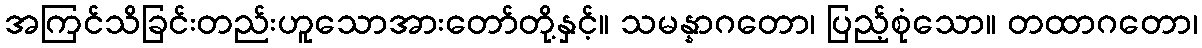
အကြင်သိခြင်းတည်းဟူသောအားတော်တို့နှင့်။ သမန္နာဂတော၊ ပြည့်စုံသော။ တထာဂတော၊